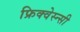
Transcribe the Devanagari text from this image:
फ्रिक्वेस्न्सी